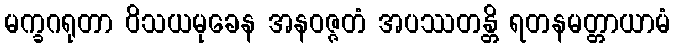
မက္ခဂရုတာ ဝိသယမုခေန အနဝဇ္ဇတံ အပဿတန္တိ ရတနမတ္တာယာမံ